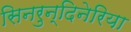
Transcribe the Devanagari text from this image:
सिनरुन्दिनेरिया